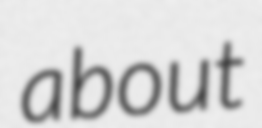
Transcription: about